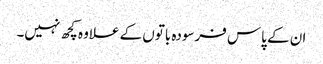
ان کے پاس فرسودہ باتوں کے علاوہ کچھ نہیں۔